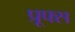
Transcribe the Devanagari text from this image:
प्रूफ्स